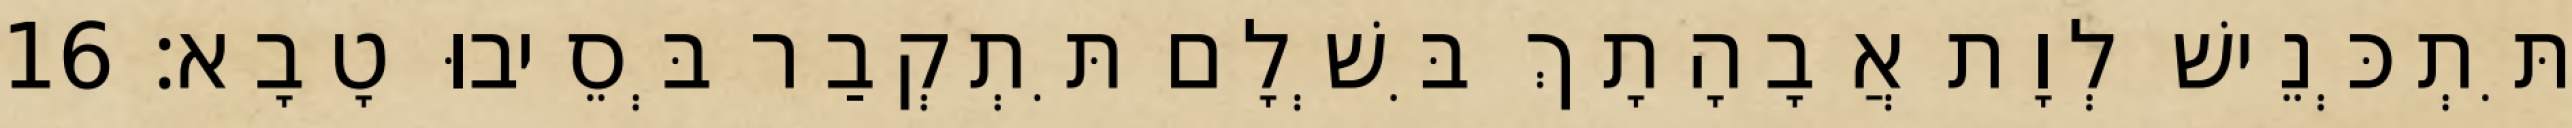
תִּתְכְּנֵישׁ לְוָת אֲבָהָתָךְ בִּשְׁלָם תִּתְקְבַר בְּסֵיבוּ טָבָא׃ 16